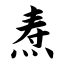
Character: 焘